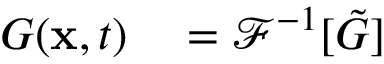
\begin{array} { r l } { G ( \mathbf { x } , t ) } & { { } = \mathcal { F } ^ { - 1 } [ \tilde { G } ] } \end{array}